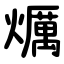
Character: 爄